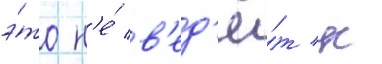
э́то н'е́ в'ед'ё́т к